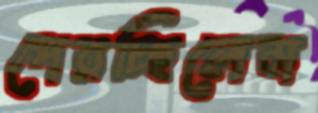
পেরচ্ছিলেম